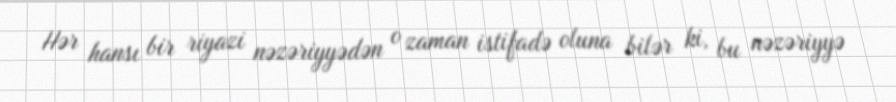
Hər hansı bir riyazi nəzəriyyədən o zaman istifadə oluna bilər ki, bu nəzəriyyə